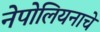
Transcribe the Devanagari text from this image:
नेपोलियनाचे